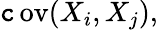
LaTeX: \operatorname{\mathtt{c}ov}(X_{i},X_{j}),